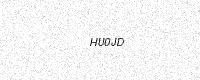
Text: HU0JD